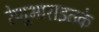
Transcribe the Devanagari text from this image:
रेणूभाराइतके